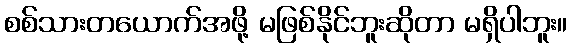
စစ်သားတယောက်အဖို့ မဖြစ်နိုင်ဘူးဆိုတာ မရှိပါဘူး။